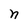
Character: n